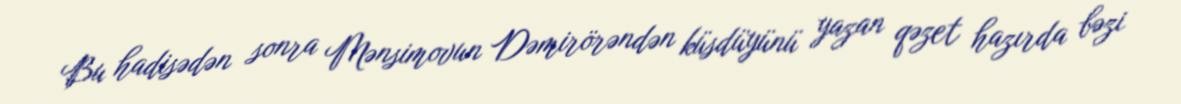
Bu hadisədən sonra Mənsimovun Dəmirörəndən küsdüyünü yazan qəzet hazırda bəzi